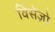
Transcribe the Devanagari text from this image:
विसेंज़ो